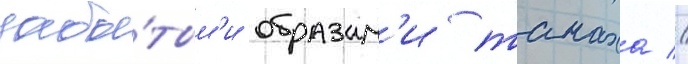
забы́тым'и образам'и танаха //